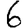
Digit: 6